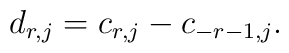
d_{r,j} = c_{r,j}-c_{-r-1,j}.